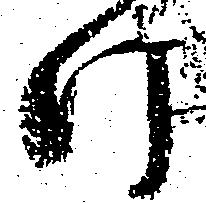
け